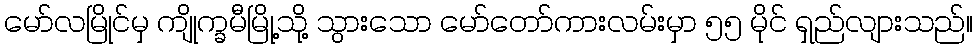
မော်လမြိုင်မှ ကျိုက္ခမီမြို့သို့ သွားသော မော်တော်ကားလမ်းမှာ ၅၅ မိုင် ရှည်လျားသည်။